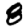
Digit: 8